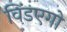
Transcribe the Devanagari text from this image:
विंडएगो